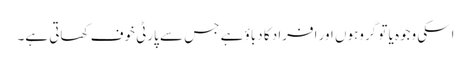
اسکی وجوہ یا تو گروہوں اور افراد کا دباؤ ہے جس سے پارٹی خوف کھاتی ہے۔